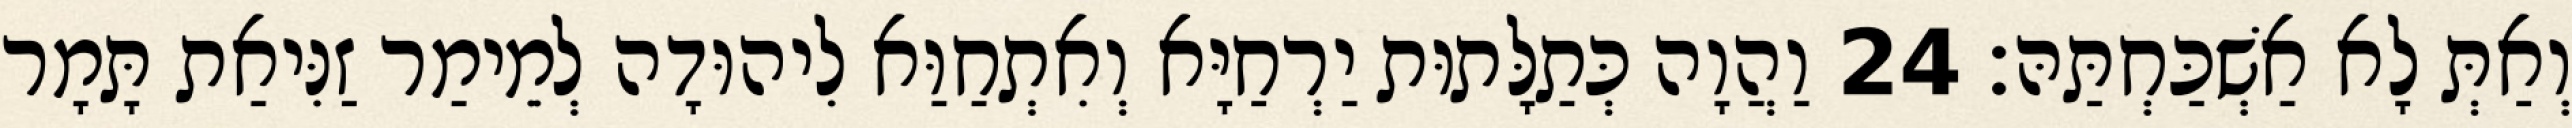
וְאַתְּ לָא אַשְׁכַּחְתַּהּ׃ 24 וַהֲוָה כְּתַלָּתוּת יַרְחַיָּא וְאִתְחַוַּא לִיהוּדָה לְמֵימַר זַנִּיאַת תָּמָר